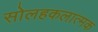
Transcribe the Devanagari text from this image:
सोलहकलात्मक